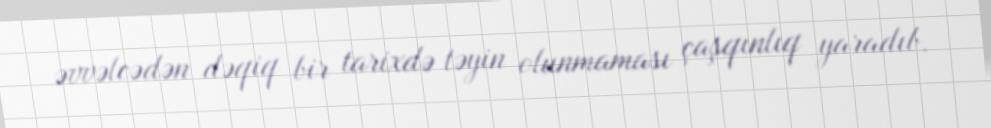
əvvəlcədən dəqiq bir tarixdə təyin olunmaması çaşqınlıq yaradıb.